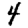
Digit: 4